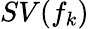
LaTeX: SV(f_{k})